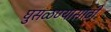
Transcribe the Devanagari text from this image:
घुसळण्यासाठी